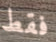
فقط